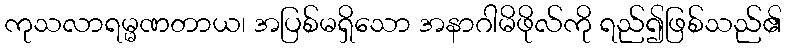
ကုသလာရမ္မဏတာယ၊ အပြစ်မရှိသော အနာဂါမိဖိုလ်ကို ရည်၍ဖြစ်သည်၏